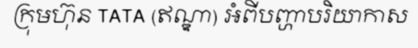
ក្រុមហ៊ុន TATA (ឥណ្ឌា) អំពីបញ្ហាបរិយាកាស